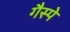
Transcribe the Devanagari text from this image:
गैस्पे